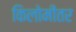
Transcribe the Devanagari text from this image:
किलोमीतर